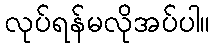
လုပ်ရန်မလိုအပ်ပါ။